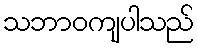
သဘာဝကျပါသည်